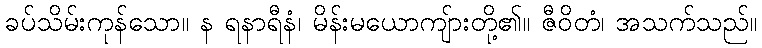
ခပ်သိမ်းကုန်သော။ န ရနာရီနံ၊ မိန်းမယောကျ်ားတို့၏။ ဇီဝိတံ၊ အသက်သည်။